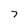
Character: 7